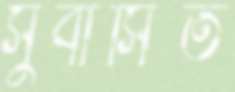
সুবাসিত